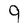
Character: 9